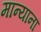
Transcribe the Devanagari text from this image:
मान्यानां